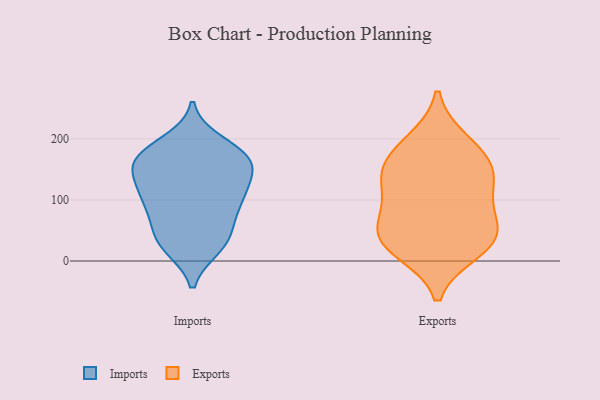
{"axis": {"x": "Population (Million)", "y": "Value"}, "legend": ["Exports", "Imports"], "data": [{"x": "", "y": 152, "type": "Imports"}, {"x": "", "y": 194, "type": "Imports"}, {"x": "", "y": 127, "type": "Imports"}, {"x": "", "y": 23, "type": "Imports"}, {"x": "", "y": 172, "type": "Imports"}, {"x": "", "y": 103, "type": "Imports"}, {"x": "", "y": 38, "type": "Imports"}, {"x": "", "y": 113, "type": "Imports"}, {"x": "", "y": 70, "type": "Imports"}, {"x": "", "y": 176, "type": "Imports"}, {"x": "", "y": 33, "type": "Imports"}, {"x": "", "y": 161, "type": "Imports"}, {"x": "", "y": 99, "type": "Imports"}, {"x": "", "y": 25, "type": "Imports"}, {"x": "", "y": 177, "type": "Imports"}, {"x": "", "y": 150, "type": "Imports"}, {"x": "", "y": 107, "type": "Imports"}, {"x": "", "y": 161, "type": "Imports"}, {"x": "", "y": 72, "type": "Imports"}, {"x": "", "y": 138, "type": "Exports"}, {"x": "", "y": 133, "type": "Exports"}, {"x": "", "y": 97, "type": "Exports"}, {"x": "", "y": 195, "type": "Exports"}, {"x": "", "y": 177, "type": "Exports"}, {"x": "", "y": 150, "type": "Exports"}, {"x": "", "y": 67, "type": "Exports"}, {"x": "", "y": 35, "type": "Exports"}, {"x": "", "y": 33, "type": "Exports"}, {"x": "", "y": 18, "type": "Exports"}, {"x": "", "y": 44, "type": "Exports"}]}